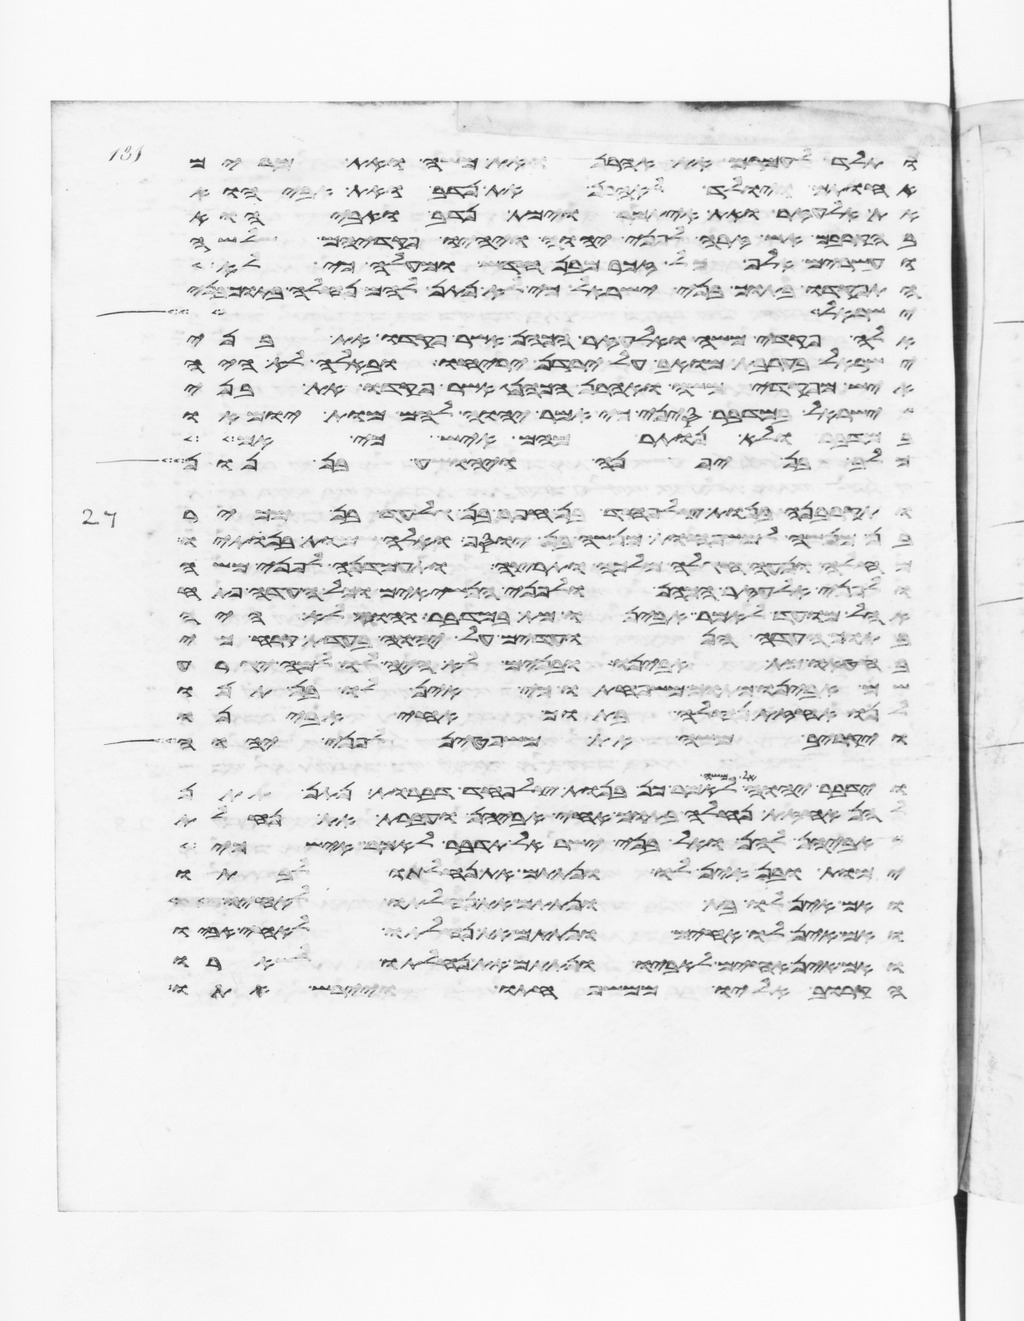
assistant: ותלד לעמרם את אהרן ואת משה ואת מרים
אחתם ויולד לאהרן את נדב ואת אביהוא
את אלעזר ואת איתמר וימת נדב ואביהוא
בהקריבם אש זרה לפני יהוה ויהיו פקדיהם שלשה
ועשרים אלף כל זכר מבן חדש ומעלה כי לא
צוי את בני ישראל וישלחו מן המחנה כל
ישראל ויט
אלה פקדי משה ואלעזר הכהן אשר פקדו את בני
ישראל בערבת מואב על ירדן יריחו ובאלה לא היה
איש מפקדי משה ואהרן הכהן אשר פקדו את בני
ישראל במדבר סיני כי אמר יהוה להם מות ימותו
במדבר ולא נותר מהם איש כי אם
כלב בן יפנה ויהושע בן נון
ותקרבנה בנות צלפחד בן חפר בן גלעד בן מכיר
בן מנשה למשפחות מנשה בן יוסף ואלה שמות בנתיו
מחלה ונעה חגלה מלכה ותרצה ותעמדנה לפני משה
ולפני אלעזר הכהן ולפני הנשיאים וכל העדה פתח
אהל מועד לאמר אבינו מת במדבר והוא לא היה
בתוך העדה הנועדים על יהוה בעדת קרח כי
בחטאו מת אבינו ובנים לא היה לו למה יגרע
שם אבינו מתוך משפחתו כי אין לו בן תנו
לנו אחזת נחלה בתוך אחי אבינו
ויקרב משה את משפטן לפני יהוה
וידבר יהוה אל משה לאמר כן בנות צלפחד דברות נתן
להן אחזת נחלה בתוך אחי אביהן והעברת את נחלת
אביהן להן ואל בני ישראל תדבר לאמר איש
ימות ובן אין לו ונתתם את נחלתו לבתו
ואם אין לו בת ונתתם את נחלתו לאחיו
ואם אין לו אחים ונתתם את נחלתו לאחי אביו
ואם אין אחים לאביו ונתתם את נחלתו לשארו
הקרוב אליו ממשפחתו ויירש אתו